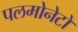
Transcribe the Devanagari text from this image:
पलमोनेटों